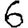
Digit: 6